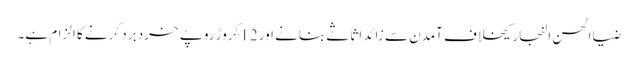
ضیاالحسن النجار کیخلاف آمدن سے زائد اثاثے بنانے اور 12کروڑ روپے خرد برد کرنے کا الزام ہے۔